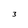
Character: 3